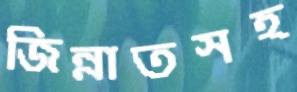
জিন্নাতসহ